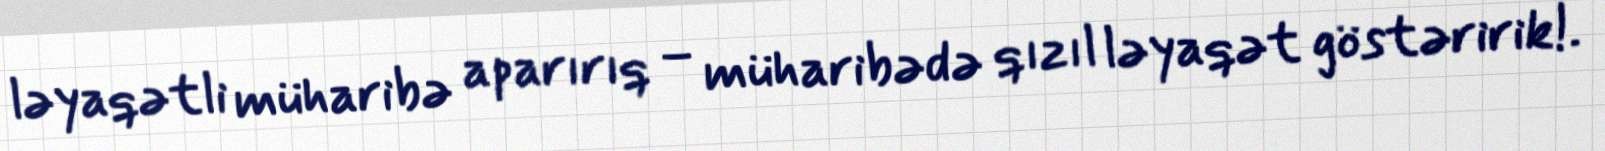
ləyaqətli müharibə aparırıq – müharibədə qızıl ləyaqət göstəririk!.